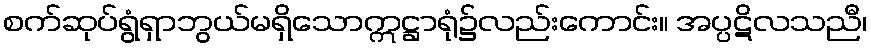
စက်ဆုပ်ရွံရှာဘွယ်မရှိသောဣဋ္ဌာရုံ၌လည်းကောင်း။ အပ္ပဋိလသညီ၊